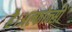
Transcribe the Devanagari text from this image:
है।अल्फोन्सो